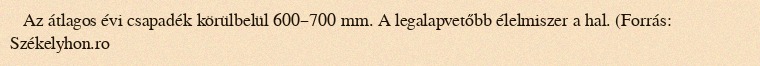
Az átlagos évi csapadék körülbelül 600–700 mm. A legalapvetőbb élelmiszer a hal. (Forrás: Székelyhon.ro